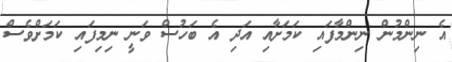
އެ ނިންމުން ނިންމާފައި ކަމަށާއި އަދި އެ ބަހުސް ވަނީ ނިމިފައި ކަމަށްވެސް